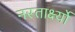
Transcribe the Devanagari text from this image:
नस्तार्क्ष्यो